Proceedings of the meeting of veterinary officers in India
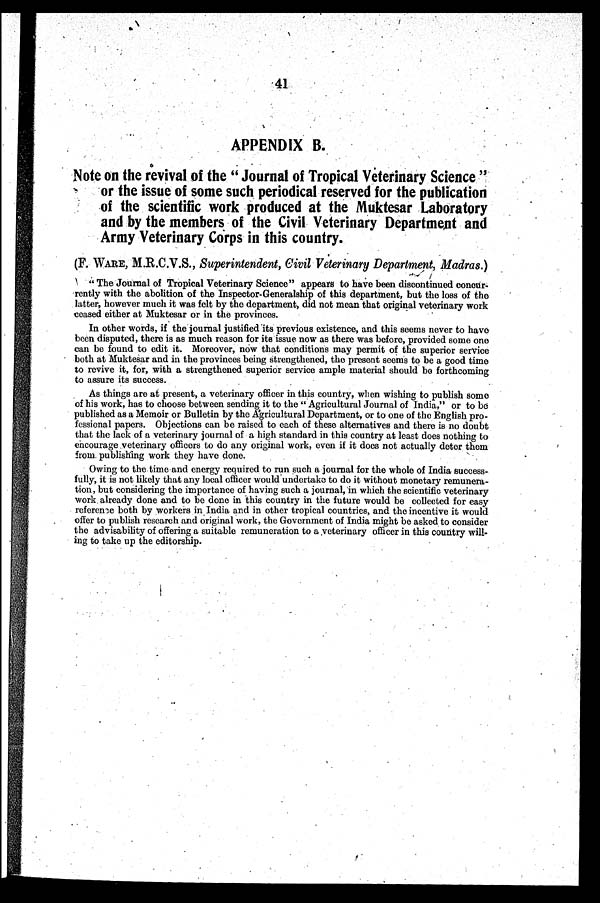
41
APPENDIX B.
Note on the revival of the "Journal of Tropical Veterinary Science"
or the issue of some such periodical reserved for the publication
of the scientific work produced at the Muktesar Laboratory
and by the members of the Civil Veterinary Department and
Army Veterinary Corps in this country.
(F. WAKE, M.R.C.V.S., Superintendent, Civil Veterinary Department, Madras.)
"The Journal of Tropical Veterinary Science" appears to have been discontinued concur-
rently with the abolition of the Inspector-Generalship of this department, but the loss of the
latter, however much it was felt by the department, did not mean that original veterinary work
ceased either at Muktesar or in the provinces.
In other words, if the journal justified its previous existence, and this seems never to have
been disputed, there is as much reason for its issue now as there was before, provided some one
can be found to edit it. Moreover, now that conditions may permit of the superior service
both at Muktesar and in the provinces being strengthened, the present seems to be a good time
to revive it, for, with a strengthened superior service ample material should bo forthcoming
to assure its success.
As things are at present, a veterinary officer in this country, when wishing to publish some
of his work, has to choose between sending it to the "Agricultural Journal of India," or to be
published as a Memoir or Bulletin by the Agricultural Department, or to one of the English pro-
fessional papers. Objections can be raised to each of these alternatives and there is no doubt
that the lack of a veterinary journal of a high standard in this country at least does nothing to
encourage veterinary officers to do any original work, even if it does not actually deter them
from publishing work they have done.
Owing to the time and energy required to run such a journal for the whole of India success-
fully, it is not likely that any local officer would undertake to do it without monetary remunera-
tion, but considering the importance of having such a journal, in which the scientific veterinary
work already done and to be done in this country in the future would be collected for easy
reference both by workers in India and in other tropical countries, and the incentive it would
offer to publish research and original work, the Government of India might bo asked to consider
the advisability of offering a suitable remuneration to a veterinary officer in this country will-
ing to take up the editorship.